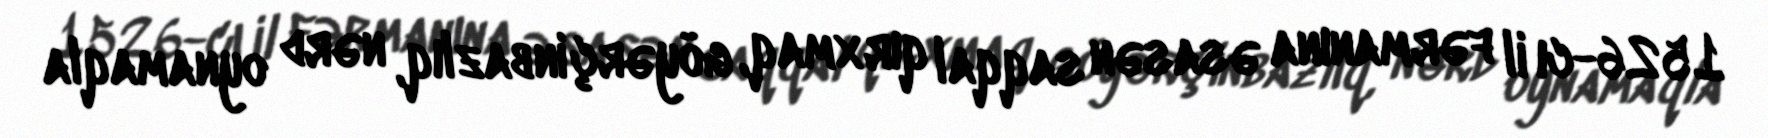
1526-cı il fərmanına əsasən saqqal qırxmaq, göyərçinbazlıq, nərd oynamaqla